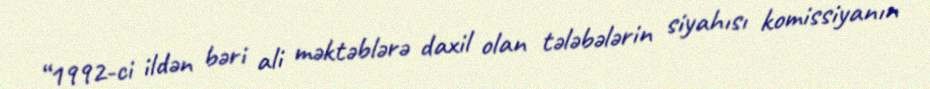
“1992-ci ildən bəri ali məktəblərə daxil olan tələbələrin siyahısı komissiyanın